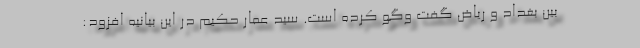
بین بغداد و ریاض گفت وگو کرده است. سید عمار حکیم در این بیانیه افزود: